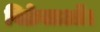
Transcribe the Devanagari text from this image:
विक्रेताओं।